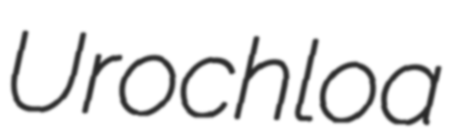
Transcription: Urochloa